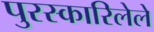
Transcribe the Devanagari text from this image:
पुरस्कारिलेले